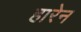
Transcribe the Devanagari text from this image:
हारेन